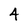
Character: 4